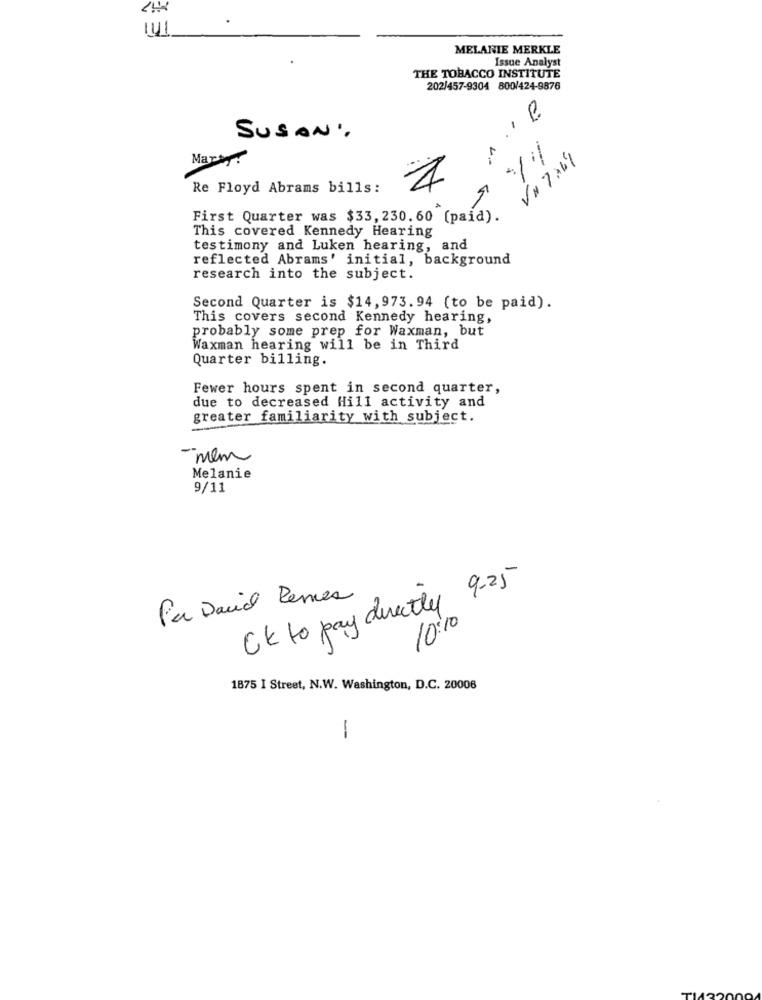
141
MELANIE MERKLE
Issue Analyst
THE TOBACCO INSTITUTE
202/457-9304 800/424-9876
SUSAN'.
Martyr
VM 7764
Re Floyd Abrams bills:
First Quarter was $33, 230. 60 (paid).
This covered Kennedy Hearing
testimony and Luken hearing, and
reflected Abrams' initial, background
research into the subject.
Second Quarter is $14,973.94 (to be paid).
This covers second Kennedy hearing,
probably some prep for Waxman, but
Waxman hearing will be in Third
Quarter billing.
Fewer hours spent in second quarter,
due to decreased Hill activity and
greater familiarity with subject.
"men
Melanie
9/11
CK to pay directly 9-25
Per David Renes
10:10
1875 I Street, N.W. Washington, D.C. 20006
-